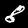
Label: 8